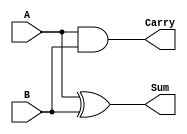
module HalfAdder (
    input wire A,  // First input
    input wire B,  // Second input
    output wire Sum,  // Sum output
    output wire Carry // Carry output
);

// Assign Sum output using XOR operation
assign Sum = A ^ B;

// Assign Carry output using AND operation
assign Carry = A & B;

endmodule